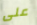
على